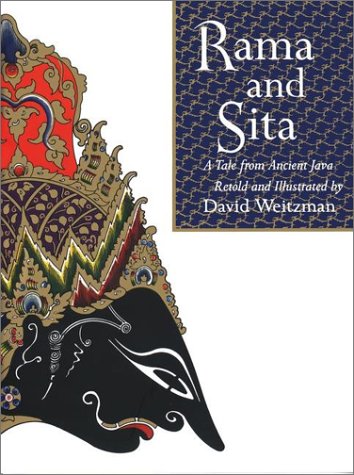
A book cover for Rama and Sita; David Weitzman; Teen & Young Adult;